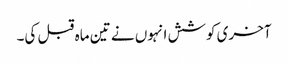
آخری کوشش انہوں نے تین ماہ قبل کی۔